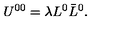
U ^ { 0 0 } = \lambda L ^ { 0 } \bar { L } ^ { 0 } .